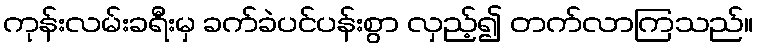
ကုန်းလမ်းခရီးမှ ခက်ခဲပင်ပန်းစွာ လှည့်၍ တက်လာကြသည်။